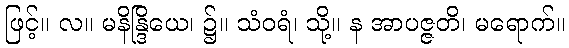
ဖြင့်။ လ။ မနိန္ဒြိယေ၊ ၌။ သံဝရံ၊ သို့။ န အာပဇ္ဇတိ၊ မရောက်။